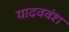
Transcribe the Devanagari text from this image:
यादववंश